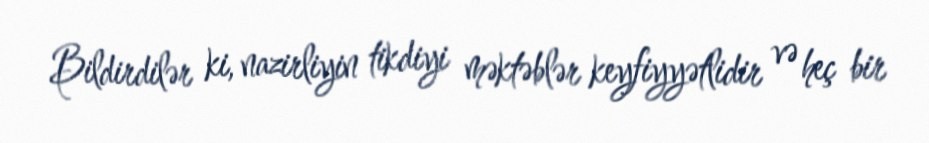
Bildirdilər ki, nazirliyin tikdiyi məktəblər keyfiyyətlidir və heç bir